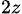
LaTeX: _{2z}